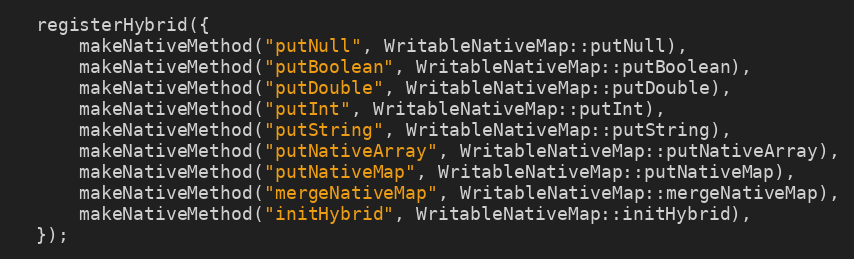
Language: C++
  registerHybrid({
      makeNativeMethod("putNull", WritableNativeMap::putNull),
      makeNativeMethod("putBoolean", WritableNativeMap::putBoolean),
      makeNativeMethod("putDouble", WritableNativeMap::putDouble),
      makeNativeMethod("putInt", WritableNativeMap::putInt),
      makeNativeMethod("putString", WritableNativeMap::putString),
      makeNativeMethod("putNativeArray", WritableNativeMap::putNativeArray),
      makeNativeMethod("putNativeMap", WritableNativeMap::putNativeMap),
      makeNativeMethod("mergeNativeMap", WritableNativeMap::mergeNativeMap),
      makeNativeMethod("initHybrid", WritableNativeMap::initHybrid),
  });